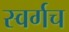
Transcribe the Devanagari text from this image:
स्वर्गच